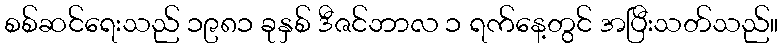
စစ်ဆင်ရေးသည် ၁၉၈၁ ခုနှစ် ဒီဇင်ဘာလ ၁ ရက်နေ့တွင် အပြီးသတ်သည်။